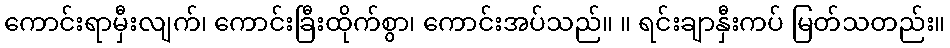
ကောင်းရာမှီးလျက်၊ ကောင်းခြီးထိုက်စွာ၊ ကောင်းအပ်သည်။ ။ ရင်းချာနှီးကပ် မြတ်သတည်း။